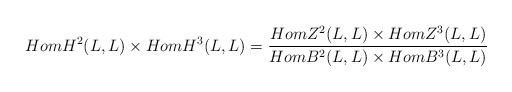
\begin{align*}HomH^2(L,L)\times HomH^3(L,L)=\frac{HomZ^2(L,L)\times HomZ^3(L,L)}{HomB^2(L,L)\times HomB^3(L,L)}\end{align*}